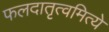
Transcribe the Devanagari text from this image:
फलदातृत्वमित्ये